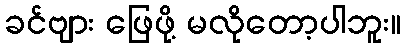
ခင်ဗျား ဖြေဖို့ မလိုတော့ပါဘူး။